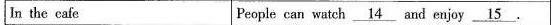
In the cafe people can watch ___ and enjoy ___.